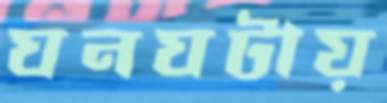
ঘনঘটায়